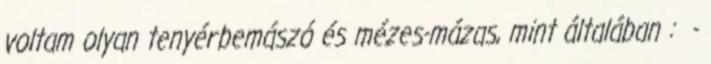
voltam olyan tenyérbemászó és mézes-mázas, mint általában : -